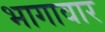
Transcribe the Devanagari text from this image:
भागावार